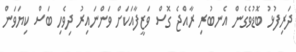
ދަރިފުޅު ބޮޑުވެގެން އެނބުރި ރާއްޖެ ގޮސް ވަޒީފާއަކަށް ވަންނައިރު ދިވެހި ބަސް ކިޔަވަން